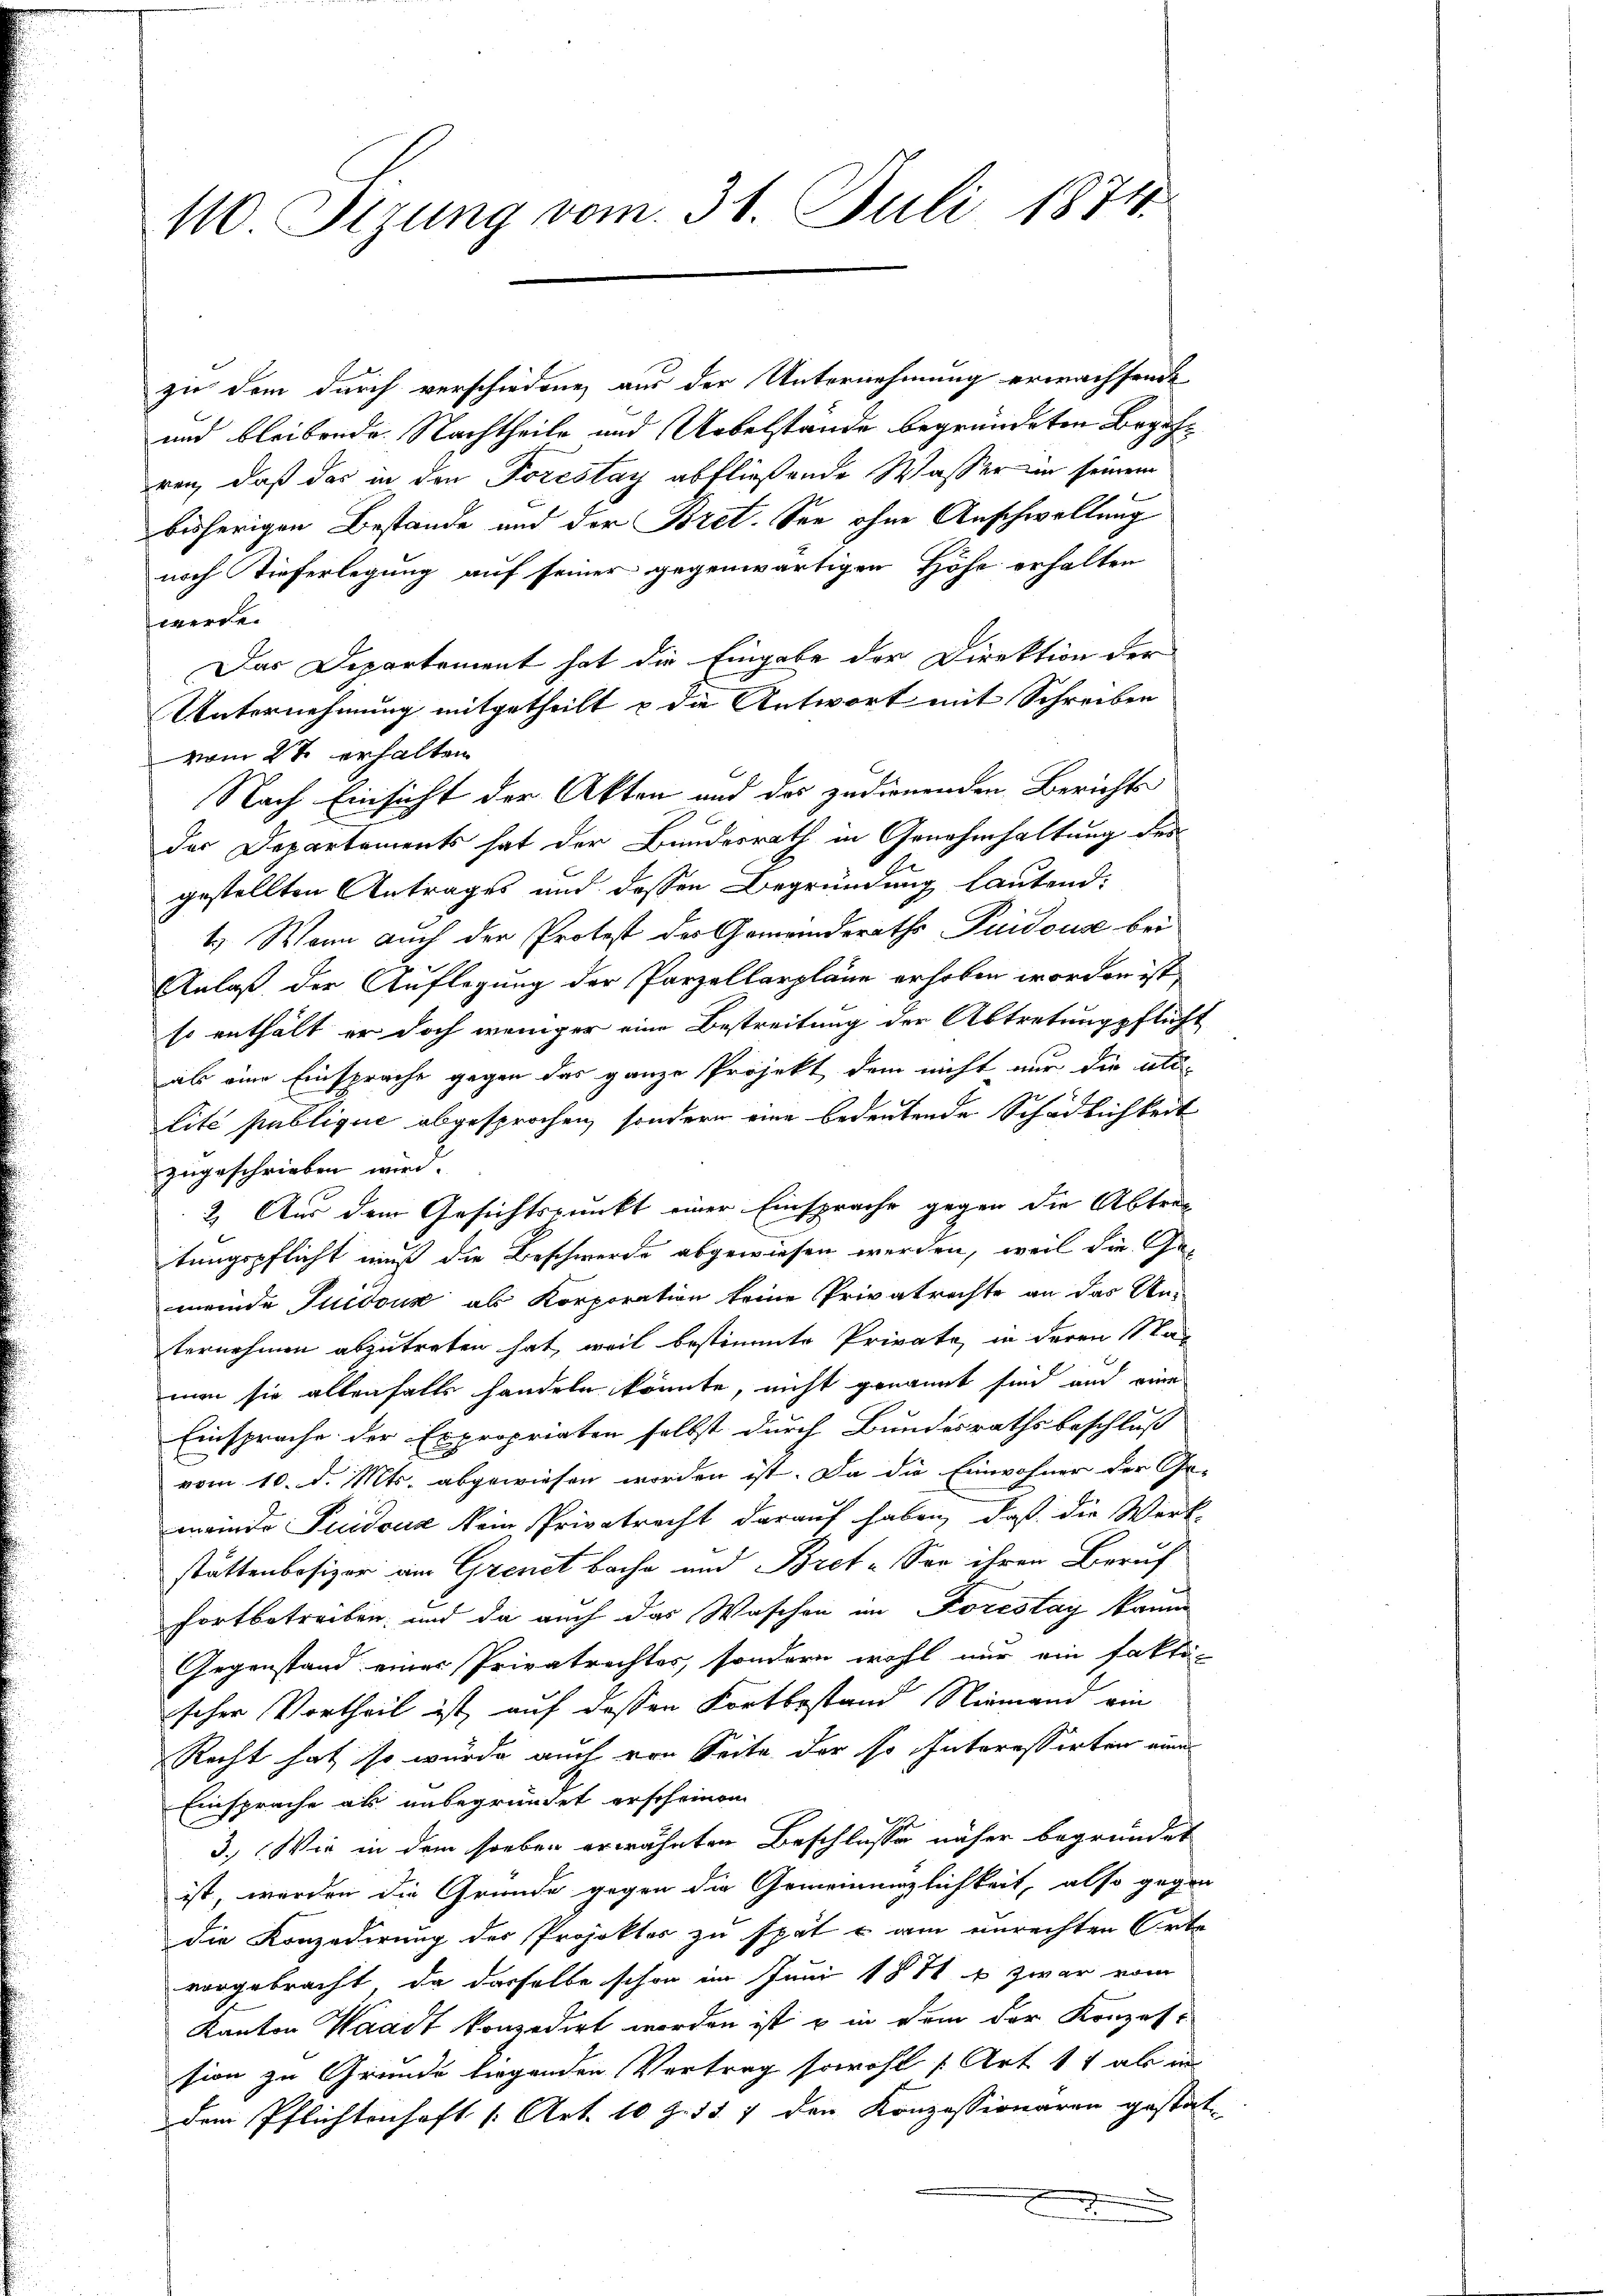
110. Sizung vom 31. Juli 1874.

zu dem durch verschiedene aus der Unternehmung erwachsende
und bleibende Nachtheile und Uebelstände begründeten Begehren, daß das in den Forestag abfließende Wasser in seinem
bisherigen Bestände und der Bret. See ohne Anschwellung
noch Tieferlegung auf seiner gegenwärtigen Höhe erhalten
werde.
Das Departement hat die Eingabe der Direktion der
Unternehmung mitgetheilt & die Antwort mit Schreiben
vom 27 erhalten
Nach Einsicht der Akten und der zudienenden Berichts
der Departaments hat der Bundesrath in Genehmhaltung des
gestellten Antrages und dessen Begründung lautend,
1.) Wenn auch der Protest des Gemeinderaths Pudouse bei
Anlaß der Auflegung der Parzellarpläne erhoben worden ist,
so enthält er doch weniger eine Bestreitung der Abtretungspflicht
ab eine Einsprache gegen das ganze Projekt dem nicht nur die all
lité publique abgesprochen, sondern eine bedeutende Schädlichkeit
zugeschrieben wird.
2. Aus dem Gesichtspunkt einer Einsprache gegen die Abtrag
tungspflicht muß die Beschwerde abgewiesen werden, weil die Gemeinde Guidous als Korporation keine Privatrechte an das Un-
ternehmen abzutreten hat, weil bestimmte Private, in deren Staman sie allenfalls handeln könnte, nicht genannt sind auch eine
Einsprache der Expropriaten selbst durch Bundesrathsbeschluß
vom 10. d. Mts. abgewiesen worden ist. Da die Einwohner der Ge-
mende Puidoua kein Privatrecht darauf haben, daß die Werk-
stättenbesizer am Grenet bache und Bret. Son ihren Beruf
fortbetreiben, und da auch das Waschen im Forestag kann
Gegenstand einer Privatrechtes, sondern wohl nur ein fakti-
scher Vortheil ist, auf dessen Fortbestand Niemann ein
Recht hat, so würde auch von Seite der so Interesserten nun
Einsprache als unbegründet erscheinen
3.) Wie in dem soeben erwähnten Beschlüsse näher begründet
ist, werden die Gründe gegen die Gemeindenzlichkeit, also gegen
die Konzedirung des Projektes zu spät u am einrechten Arbe
vorgebracht, da dasselbe schon im Juni 1871 u zwar vom
Kanton Waadt konzedirt worden ist u in dem der Konzession zu Grunde liegenden Vertrag sowohl 1 Art 14 als in
dem Pflichtenhaft (Art. 10 Z. 117 den Konzessionären gestat-
.